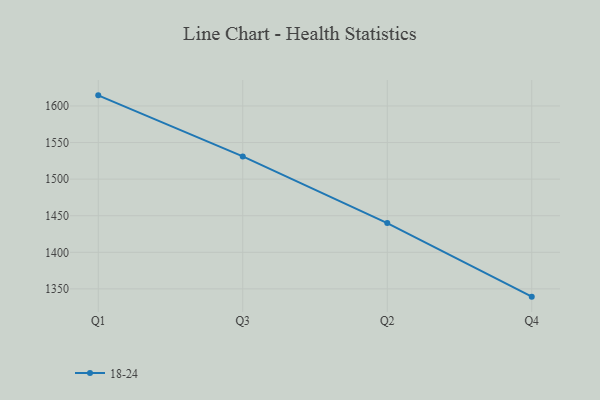
{"axis": {"x": "Quarter", "y": "Revenue (USD Million)"}, "legend": ["18-24"], "data": [{"x": "Q1", "y": 1614.5, "type": "18-24"}, {"x": "Q3", "y": 1531.0, "type": "18-24"}, {"x": "Q2", "y": 1440.0, "type": "18-24"}, {"x": "Q4", "y": 1339.4, "type": "18-24"}]}